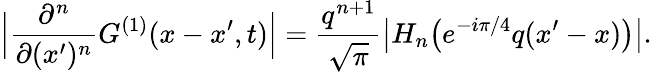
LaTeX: \Big|\frac{\partial^{n}}{\partial(x^{\prime})^{n}}G^{(1)}(x-x^{\prime},t)\Big|=\frac{q^{n+1}}{\sqrt{\pi}}\big|H_{n}\big(e^{-i\pi/4}q(x^{\prime}-x)\big)\big|.